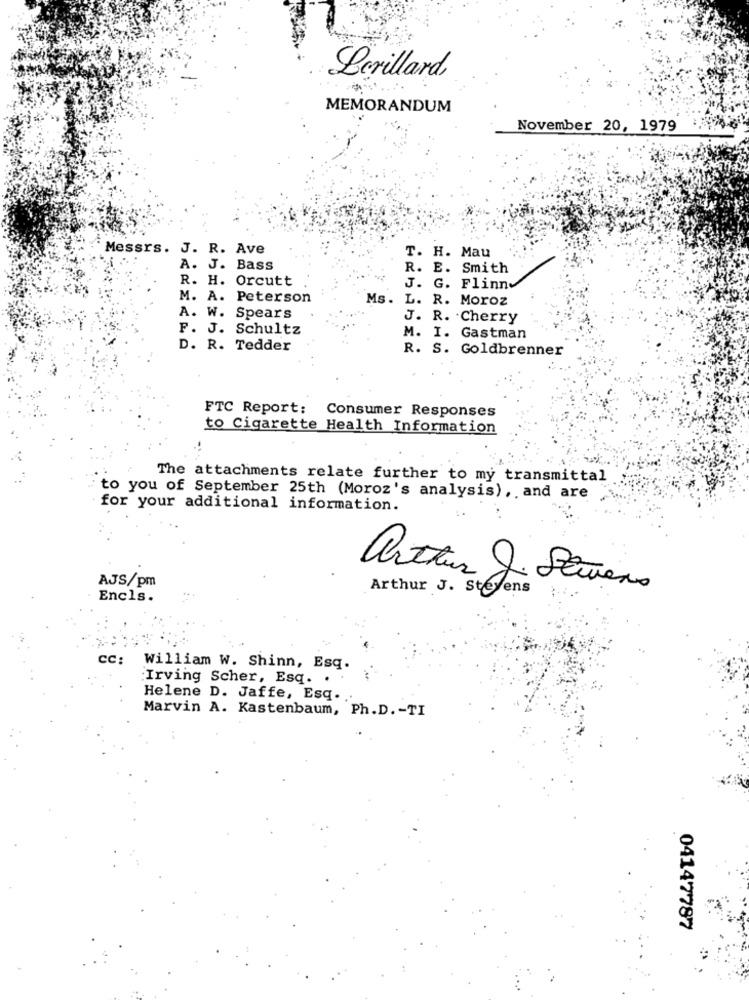
Lerillard,
MEMORANDUM
November 20, 1979
Messrs. J. R. Ave
T. H. Mau
A. J. Bass
R. E. Smith
R. H. Orcutt
J. G. Flinn
M. A. Peterson
Ms. L. R. Moroz
A. W. Spears
J. R. Cherry
F. J. Schultz
M. I. Gastman
D. R. Tedder
R. S. Goldbrenner
FTC Report: Consumer Responses
to Cigarette Health Information
The attachments relate further to my transmittal
to you of September 25th (Moroz's analysis), and are
for your additional information.
AJS/pm
arthur J. Stevens
Arthur J. Stevens
Encls.
CC:
William W. Shinn, Esq.
Irving Scher, Esq. .
Helene D. Jaffe, Esq.
Marvin A. Kastenbaum, Ph.D. - TI
04147787